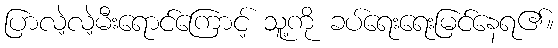
ပြာလဲ့လဲ့မီးရောင်ကြောင့် သူ့ကို ခပ်ရေးရေးမြင်နေရ၏။